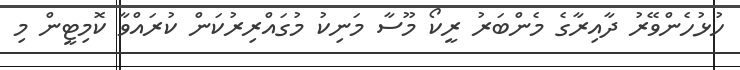
ހުޅުހެންވޭރު ދާއިރާގެ މެންބަރު ރީކޯ މޫސާ މަނިކު މުގައްރިރުކަން ކުރައްވާ ކޮމިޓީން މި